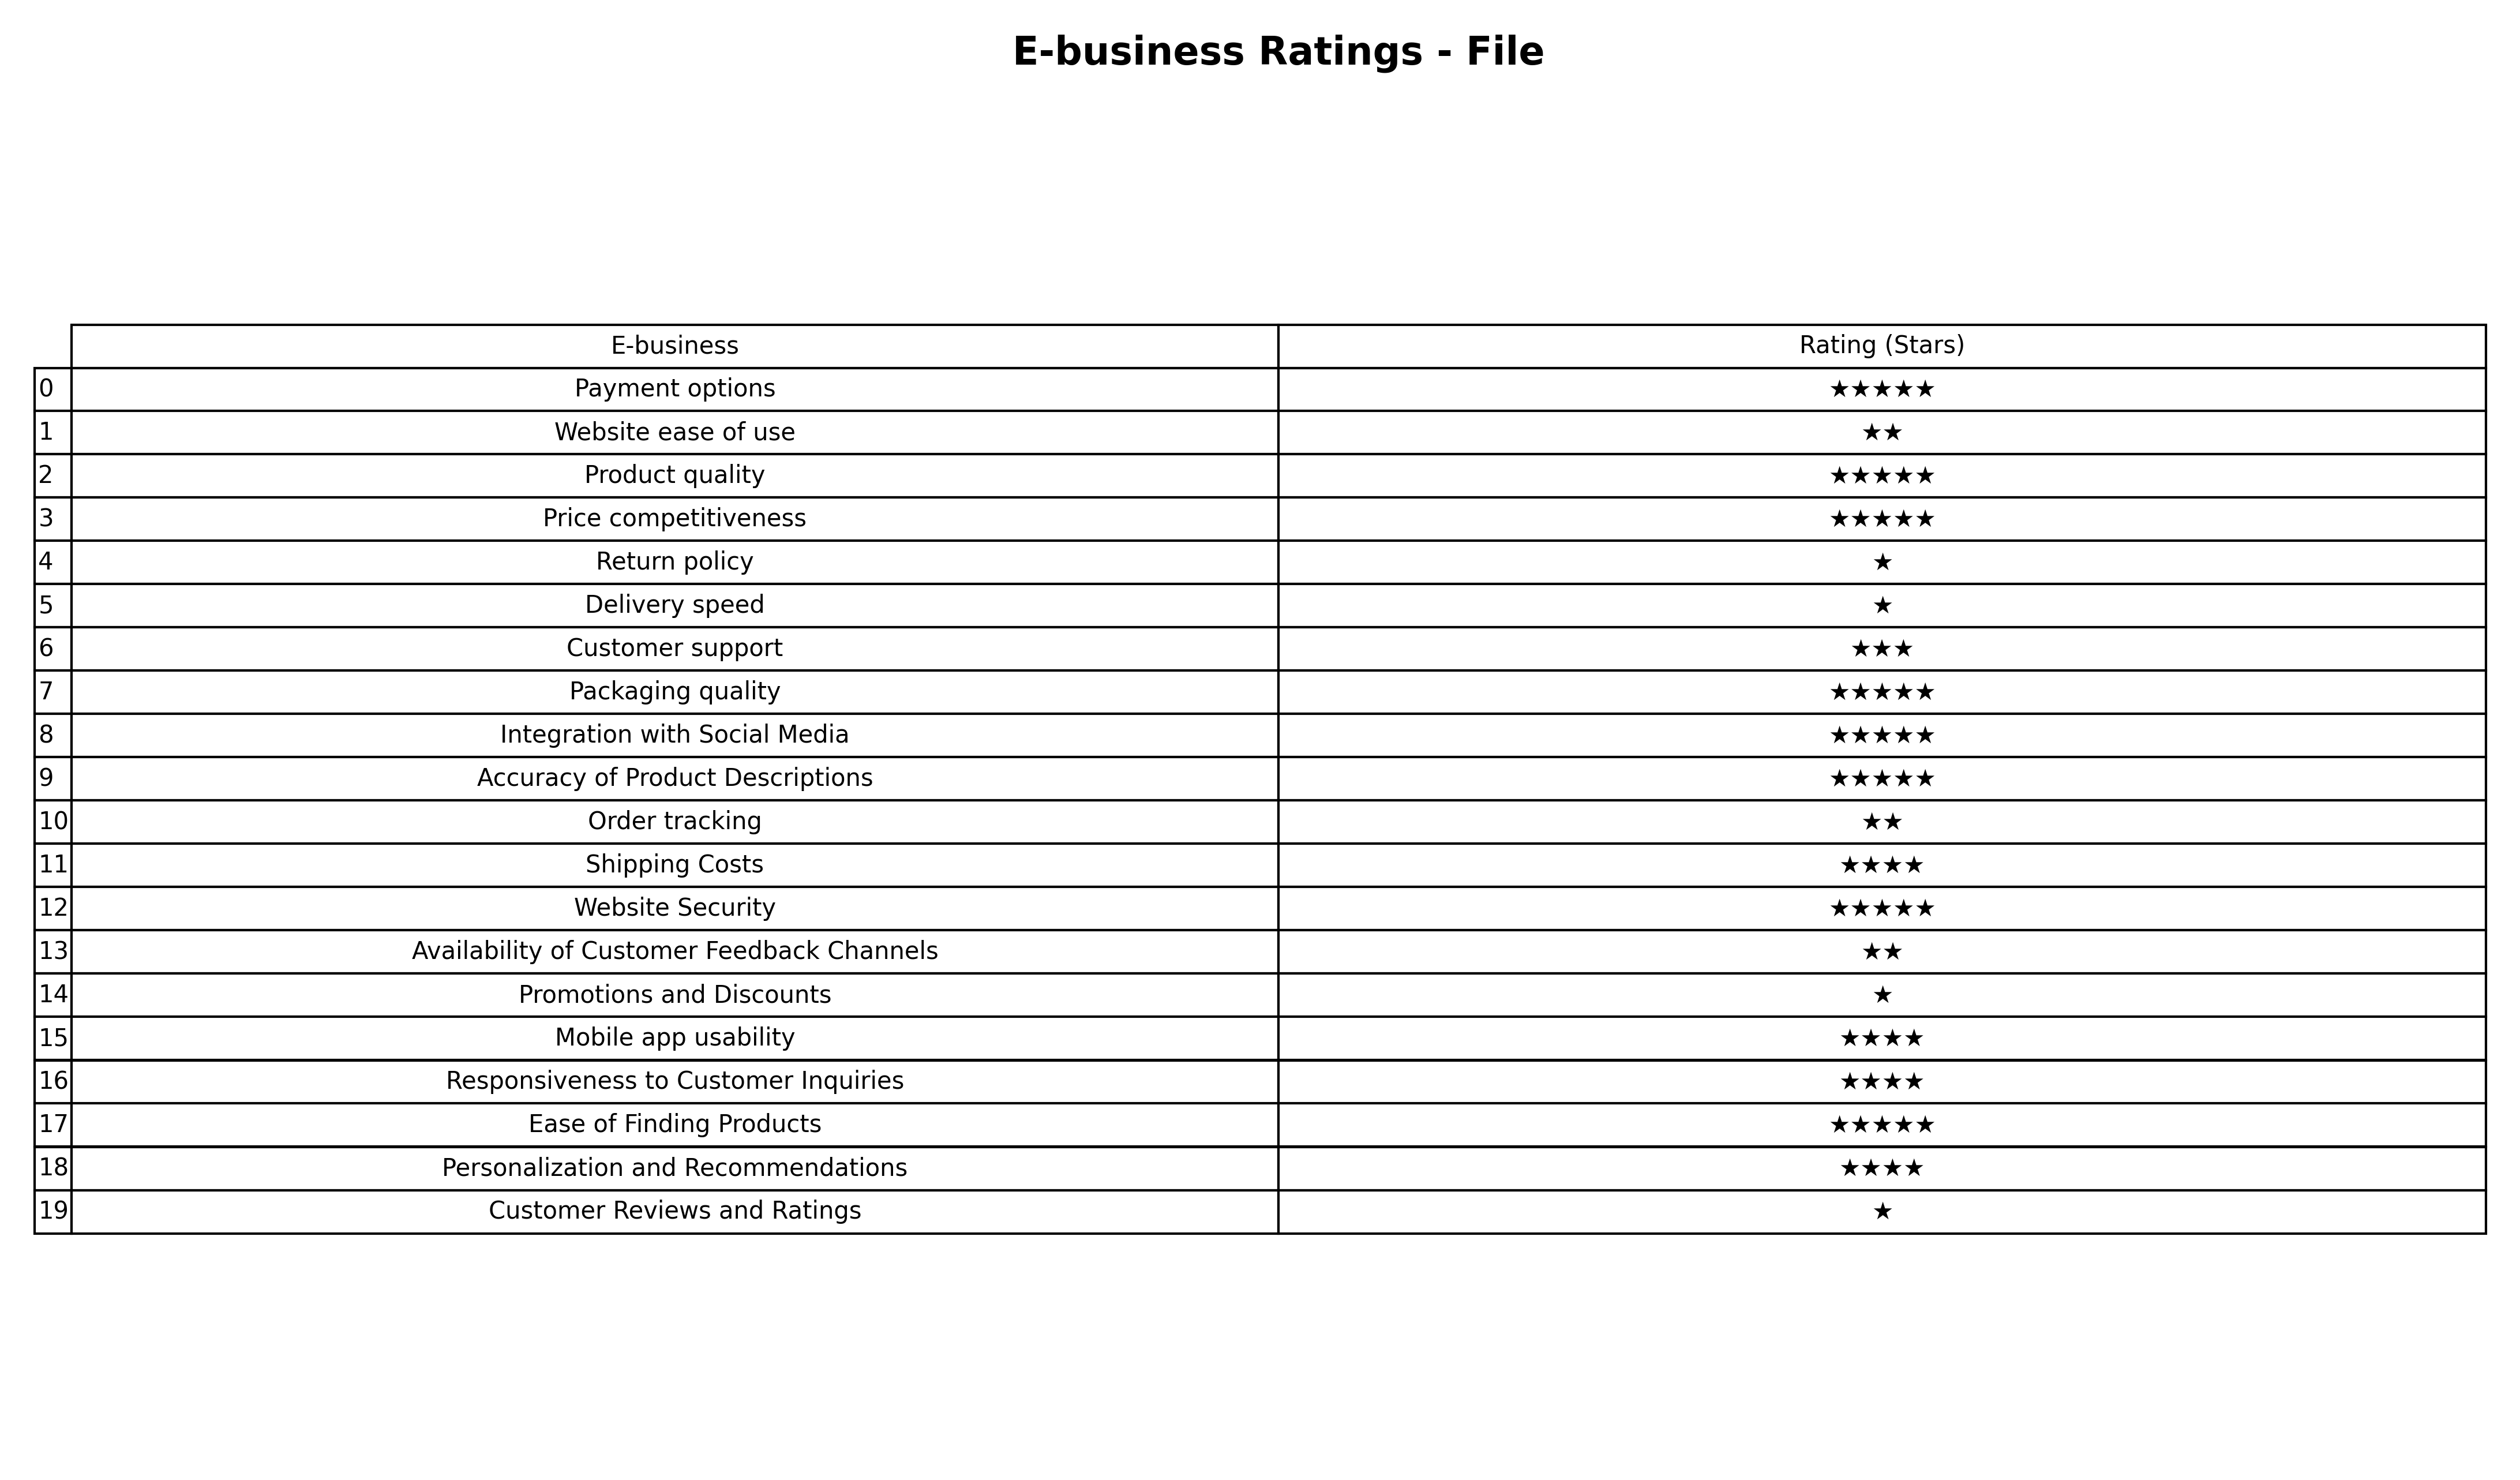
question: What are five star services?
answer: Payment optionsProduct qualityPrice competitivenessPackaging qualityIntegration with Social MediaAccuracy of Product DescriptionsWebsite SecurityEase of Finding Products